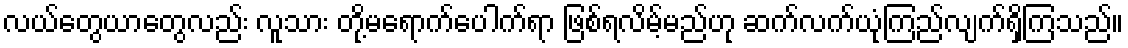
လယ်တွေယာတွေလည်း လူသား တို့မရောက်ပေါက်ရာ ဖြစ်ရလိမ့်မည်ဟု ဆက်လက်ယုံကြည်လျက်ရှိကြသည်။